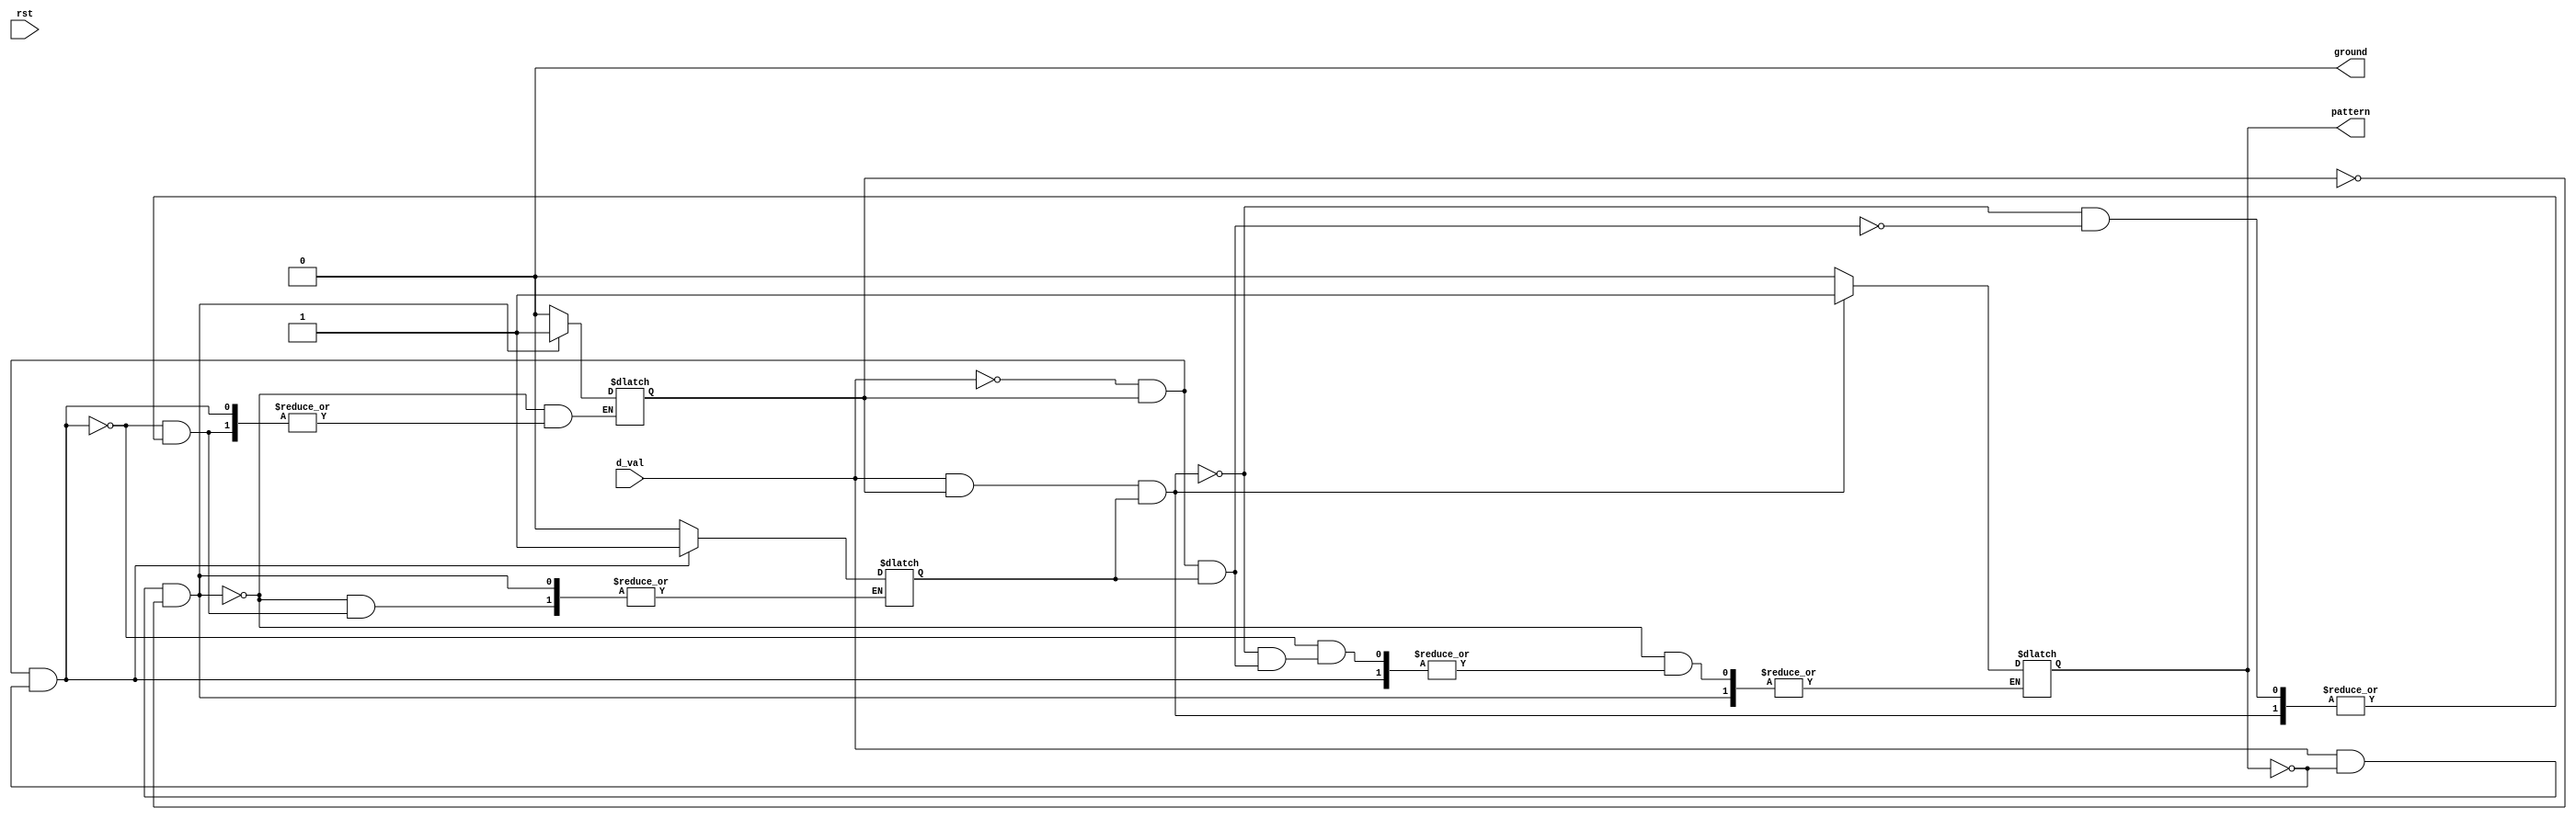
module Fault_Detector(
    input d_val,
    input rst,
    output reg pattern,
	 output wire ground// Define output port patter
);
	 // State Machine Parameters
	 /*        _           _
	 * |        ||        |__
	 * ST_ZERO  ST_ONE   ST_TWO   ST_THREE  ST_ZERO
	 */
	assign ground=0;
	 
	 // state and whether distance is above threshold or not
	 reg detected = 0;
	 reg confirmed = 0;
	 
	always @(d_val, rst) begin
		// reset condition
//		if (rst) begin
//			pattern <= 0;
//		end
		if (d_val && (!pattern) && (!detected)) begin
			detected <= 1;
		end
		else if ((!d_val) && detected && (!pattern)) begin
			confirmed <= 1;
		end
		else if (d_val && detected && confirmed) begin
			pattern <= 1;
		end
		else if ((!d_val) && detected && confirmed) begin 
			detected <= 0;
			confirmed <= 0;
		end
		else begin
			pattern <= 0;
		end
	end
endmodule